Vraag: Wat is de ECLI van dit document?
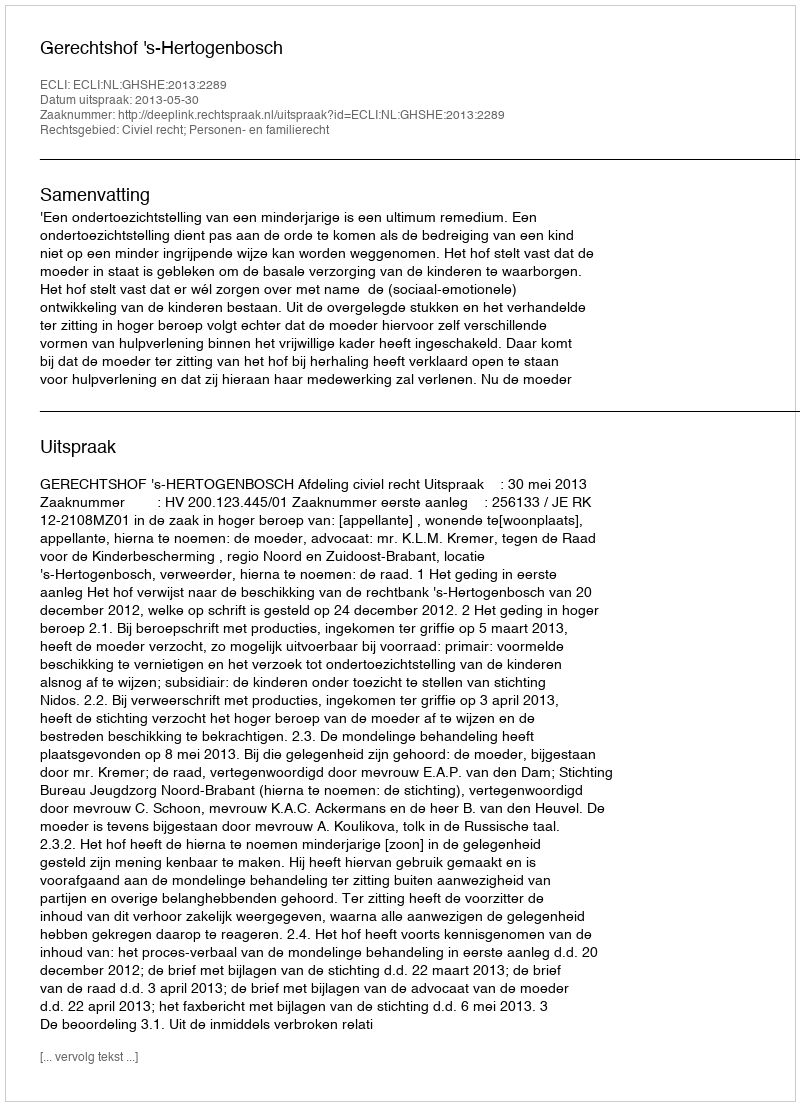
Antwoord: ECLI:NL:GHSHE:2013:2289